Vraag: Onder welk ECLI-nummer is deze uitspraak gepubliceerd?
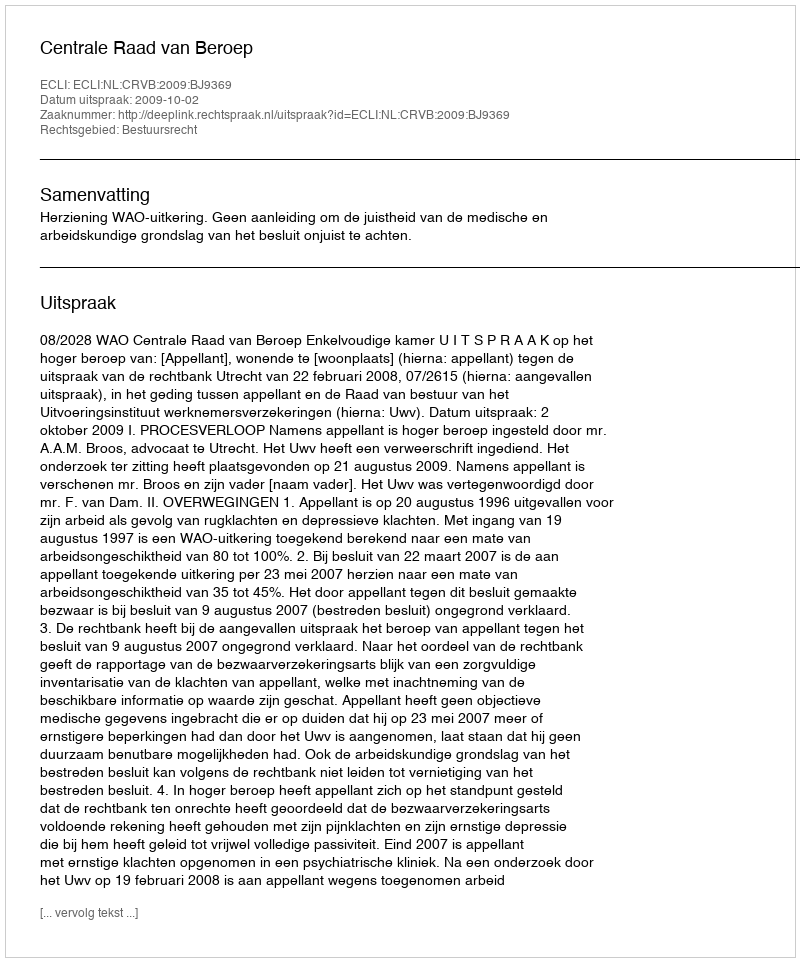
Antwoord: ECLI:NL:CRVB:2009:BJ9369